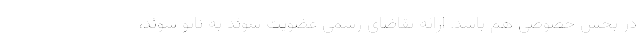
در بخش خصوصی هم باشد. ارائه تقاضای رسمی عضویت سوئد به ناتو سوئد،